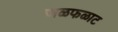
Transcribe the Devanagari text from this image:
जळफळाट